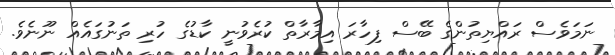
ނަމަވެސް ރައްޔިތުންގެ ބޭސް ފިހާރަ އިމާރާތް ކުރެވުނީ ކާޑުގެ ހުރި ތަނުގައެއް ނޫނެވެ.